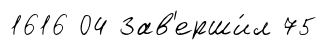
1616 04 Зав'ерши́л 75